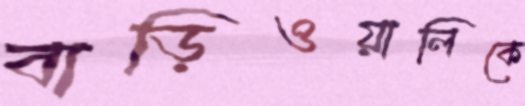
বাড়িওয়ালিকে